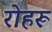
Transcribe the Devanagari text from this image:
रोहरू